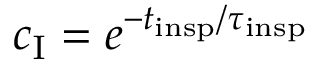
c _ { \mathrm { I } } = e ^ { - t _ { \mathrm { i n s p } } / \tau _ { \mathrm { i n s p } } }